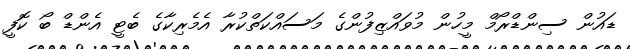
ޑައުން ސިންޑްރޯމް މީހުން މުވައްޒިފުންގެ މަސައްކަތްކުރާ އެމެރިކާގެ ބެޓީ އެންޑް ބޯ ކޮފީ